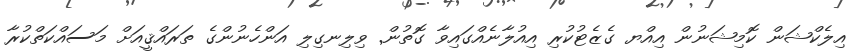
އިލެކްޝަން ކޮމިޝަނުން އިއްޔ ގެޒެޓުކުރި އިއުލާނެއްގައިވާ ގޮތުން